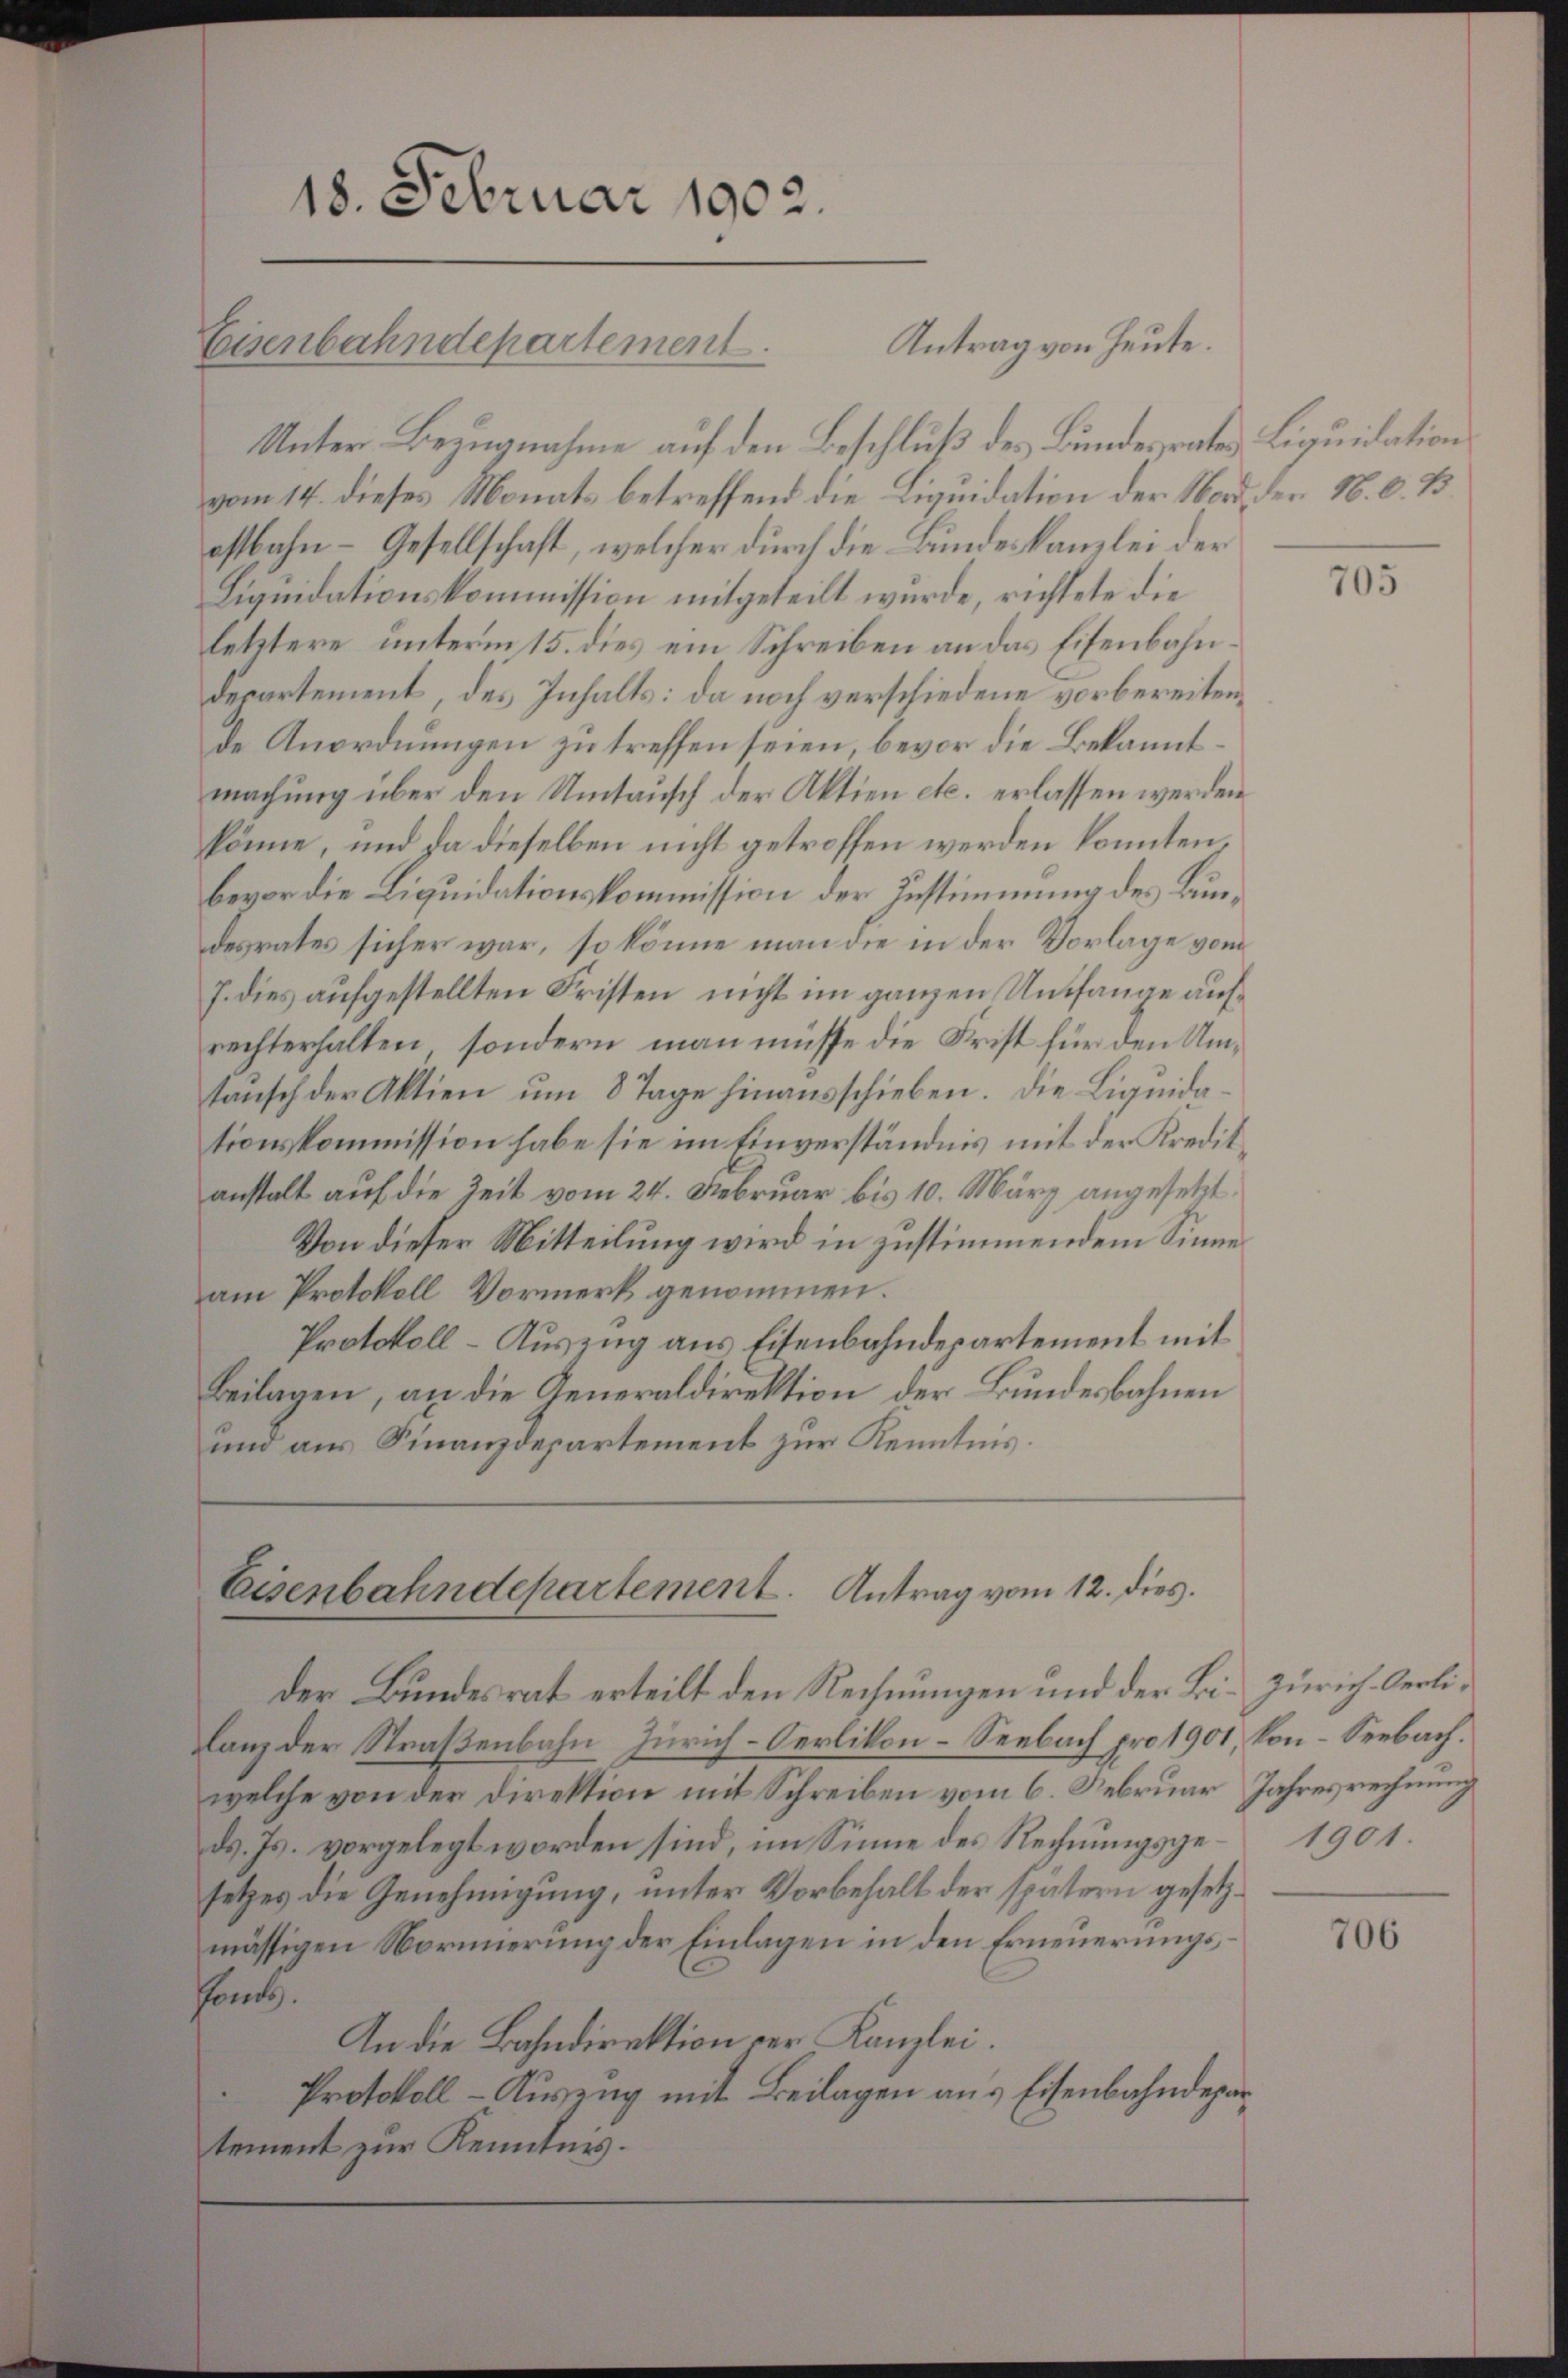
18. Februar 1902.
Antrag von Heute.
Eisenbahndepartement.

Unter Bezugnahme auf den Beschluß des Bundesrates Liquidation
vom 14. dieses Monats betreffend die Liquidation der Nord, der N. O. B
ostbahn- Gesellschaft, welcher durch die Bundeskanzlei der
Liquidationskommission mitgeteilt wurde, richtete die
letztere unterm 15. dies ein Schreiben an das Eisenbahn¬
Departement, des Inhalts: da noch verschiedene vorbereitende Anordnungen zu treffen seien, bevor die Bekanntmachung über den Umtausch der Aktien etc. erlassen werden
könne, und da dieselben nicht getroffen werden konnten
bevor die Liquidationskommission der Zustimmung des Bundesrates sicher war, so könne man die in der Vorlage vom
J. dies aufgestellten Fristen nicht im ganzen Umfange aufrechterhalten, sondern man müsse die Frist für den Umtansch der Aktien um 8 Tage hinausschieben. Die Liquidationskommission habe sie im Einverständnis mit der Kreditanstalt auf die Zeit vom 24. Februar bis 10. März angesetzt
Von dieser Mitteilung wird in zustimmendem Sinne
am Protokoll Vormerk genommen.
Protokoll-Auszug aus Eisenbahnderartement mit
Beilagen, an die Generaldirektion der Bundesbahnen
und aus Finanzdepartement zur Kenntnis.

der Bundesrat erteilt den Rechnungen und der Bi- Zürich Oerlilanz der Straßenbahn Zürich-Oerlikon-Seebach pro 1901, kon-Seebach.
welche von der Direktion mit Schreiben vom 6. Februar Jahresrechnung
d. Js. vorgelegt worden sind, im Sinne des Rechnungsge- 1901.
setzes die Genehmigung, unter Vorbehalt der spätern gesetzmässigen Normierung der Einlagen in den Erneuerungsfonds.
An die Bahndirektion der Kanzlei.
Protokoll - Auszug mit Beilagen aus Eisenbahndepartement zur Kenntnis.

Eisenbahndepartement. Antrag vom 12. dies.

705

706